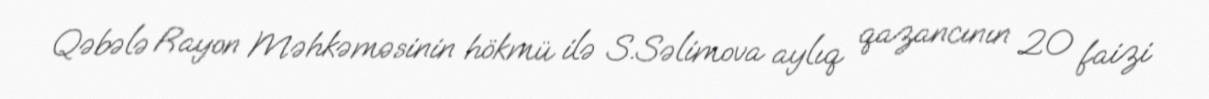
Qəbələ Rayon Məhkəməsinin hökmü ilə S.Səlimova aylıq qazancının 20 faizi